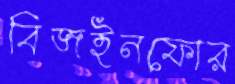
বিজইনফোর